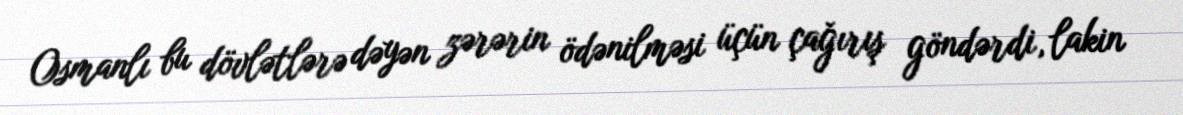
Osmanlı bu dövlətlərə dəyən zərərin ödənilməsi üçün çağırış göndərdi, lakin